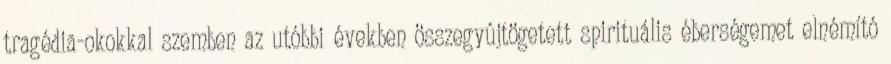
tragédia-okokkal szemben az utóbbi években összegyûjtögetett spirituális éberségemet elnémító